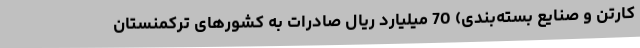
کارتن و صنایع بسته‌بندی) 70 میلیارد ریال صادرات به کشورهای ترکمنستان